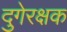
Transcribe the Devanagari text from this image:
दुगेरक्षक